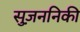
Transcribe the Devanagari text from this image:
सुज़ननिकी